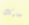
عليك